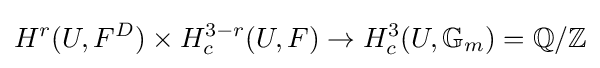
H^{r}(U,F^{D})\times H_{c}^{3-r}(U,F)\to H_{c}^{3}(U,{\mathbb {G} }_{m})=\mathbb {Q} /\mathbb {Z}